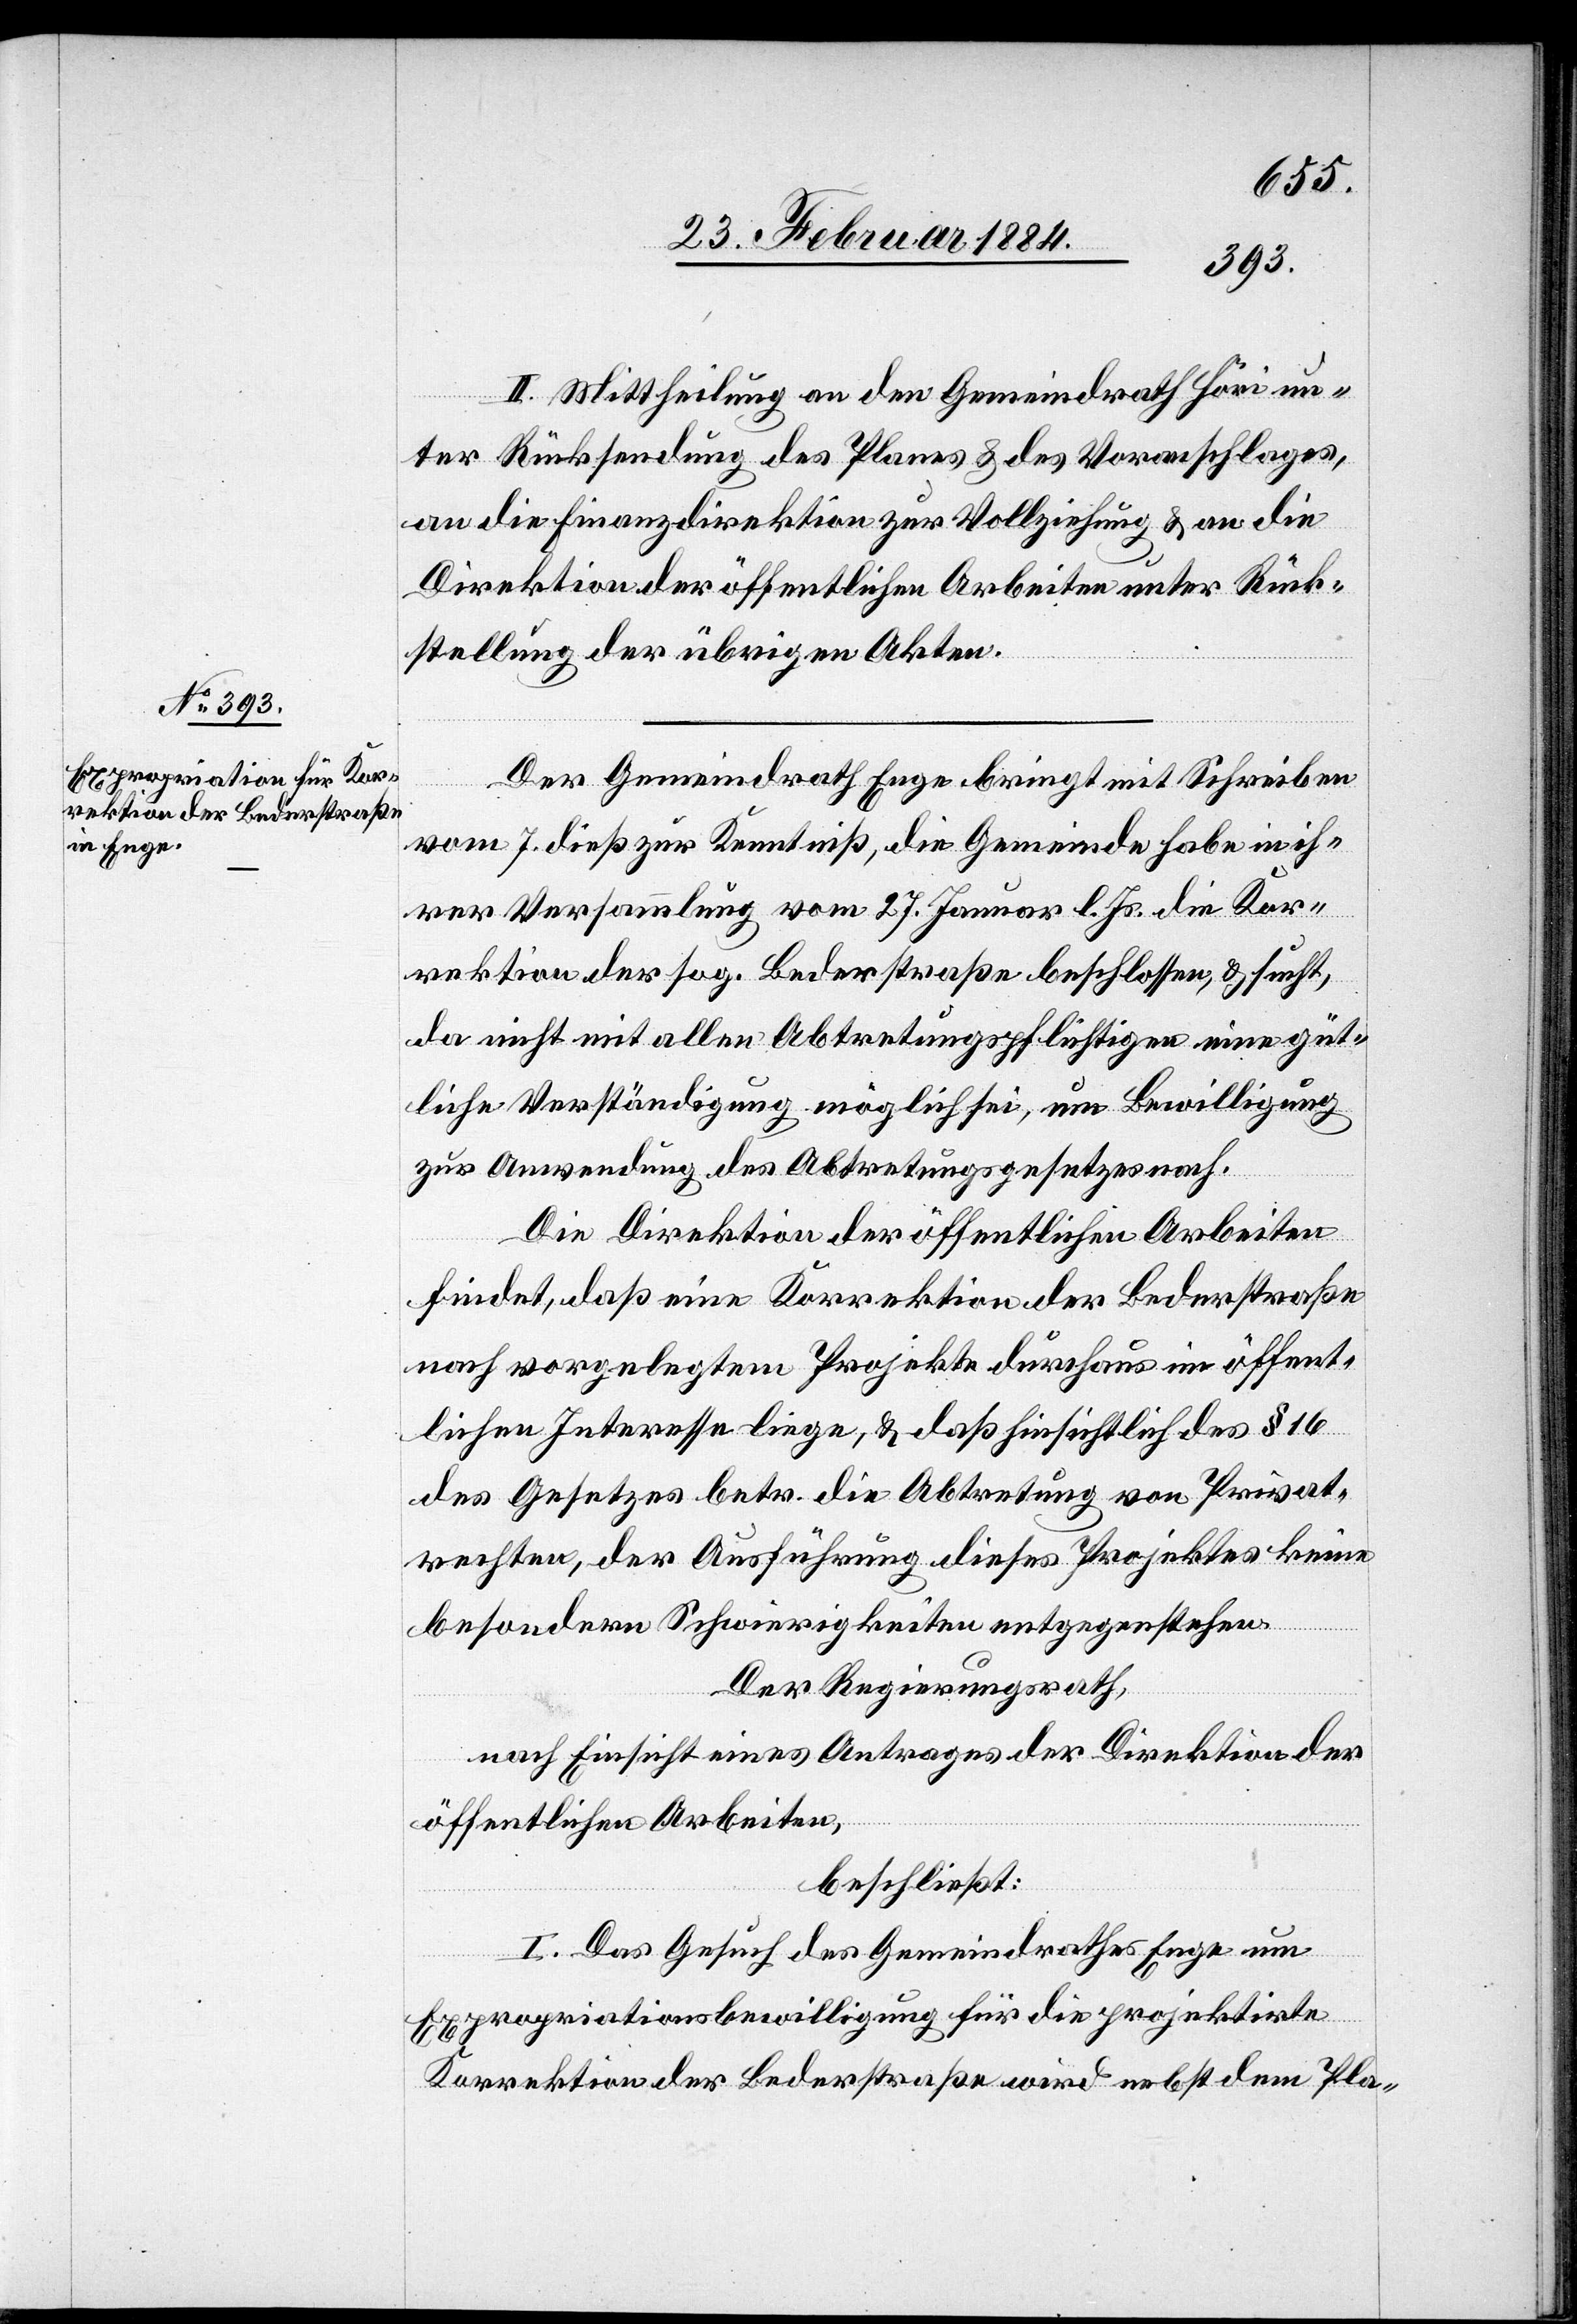
II. Mittheilung an den Gemeindrath Höri un¬
ter Rücksendung des Planes & des Voranschlages,
an die Finanzdirektion zur Vollziehung & an die
Direktion der öffentlichen Arbeiten unter Rück¬
stellung der übrigen Akten.
Der Gemeindrath Enge bringt mit Schreiben
vom 7. dieß zur Kenntniß, die Gemeinde habe in ih¬
rer Versammlung vom 27. Januar l. Js. die Kor¬
rektion der sog. Bederstraße beschlossen, & sucht,
da nicht mit allen Abtretungspflichtigen eine güt¬
liche Verständigung möglich sei, um Bewilligung
zur Anwendung des Abtretungsgesetzes nach.
Die Direktion der öffentlichen Arbeiten
findet, daß eine Korrektion der Bederstraße
nach vorgelegtem Projekte durchaus im öffent¬
lichen Interesse liege, & daß hinsichtlich des § 16
des Gesetzes betr. die Abtretung von Privat¬
rechten, der Ausführung dieses Projektes keine
besonderen Schwierigkeiten entgegenstehen.
Der Regierungsrath,
nach Einsicht eines Antrages der Direktion der
öffentlichen Arbeiten,
beschließt:
I. Das Gesuch des Gemeindrathes Enge um
Expropriationsbewilligung für die projektirte
Korrektion der Bederstraße wird nebst dem Pla-